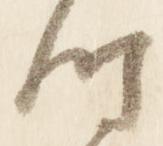
時